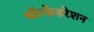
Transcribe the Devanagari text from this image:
कॉन्फ़ेडरेशन